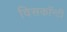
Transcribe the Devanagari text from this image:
विसकॉन्टी